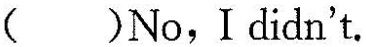
( ) No,I didn't.